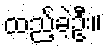
ထည့်ခဲ့ဦး။